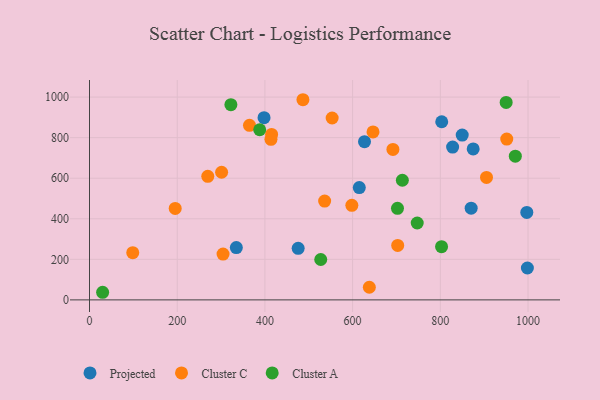
{"axis": {"x": "Distance", "y": "Fuel Efficiency"}, "legend": ["Cluster A", "Cluster C", "Projected"], "data": [{"x": "998.5", "y": 157.2, "type": "Projected"}, {"x": "870.3", "y": 452.3, "type": "Projected"}, {"x": "475.8", "y": 254.2, "type": "Projected"}, {"x": "398.0", "y": 898.5, "type": "Projected"}, {"x": "828.0", "y": 753.3, "type": "Projected"}, {"x": "615.2", "y": 553.9, "type": "Projected"}, {"x": "627.1", "y": 779.9, "type": "Projected"}, {"x": "849.9", "y": 812.5, "type": "Projected"}, {"x": "874.9", "y": 744.5, "type": "Projected"}, {"x": "334.8", "y": 257.9, "type": "Projected"}, {"x": "803.2", "y": 878.3, "type": "Projected"}, {"x": "997.2", "y": 431.3, "type": "Projected"}, {"x": "702.8", "y": 268.6, "type": "Cluster C"}, {"x": "646.5", "y": 828.2, "type": "Cluster C"}, {"x": "415.2", "y": 815.8, "type": "Cluster C"}, {"x": "413.8", "y": 791.6, "type": "Cluster C"}, {"x": "364.8", "y": 860.9, "type": "Cluster C"}, {"x": "638.1", "y": 62.4, "type": "Cluster C"}, {"x": "536.2", "y": 487.2, "type": "Cluster C"}, {"x": "269.7", "y": 609.4, "type": "Cluster C"}, {"x": "598.2", "y": 466.2, "type": "Cluster C"}, {"x": "905.3", "y": 603.8, "type": "Cluster C"}, {"x": "304.5", "y": 225.9, "type": "Cluster C"}, {"x": "691.9", "y": 742.0, "type": "Cluster C"}, {"x": "301.2", "y": 629.4, "type": "Cluster C"}, {"x": "195.4", "y": 450.8, "type": "Cluster C"}, {"x": "486.7", "y": 987.0, "type": "Cluster C"}, {"x": "553.3", "y": 896.8, "type": "Cluster C"}, {"x": "951.5", "y": 793.2, "type": "Cluster C"}, {"x": "98.6", "y": 233.0, "type": "Cluster C"}, {"x": "802.8", "y": 262.2, "type": "Cluster A"}, {"x": "713.4", "y": 589.8, "type": "Cluster A"}, {"x": "702.3", "y": 451.6, "type": "Cluster A"}, {"x": "950.1", "y": 973.5, "type": "Cluster A"}, {"x": "29.9", "y": 37.5, "type": "Cluster A"}, {"x": "322.4", "y": 962.7, "type": "Cluster A"}, {"x": "971.0", "y": 708.4, "type": "Cluster A"}, {"x": "388.1", "y": 839.0, "type": "Cluster A"}, {"x": "747.3", "y": 379.2, "type": "Cluster A"}, {"x": "527.3", "y": 199.2, "type": "Cluster A"}]}